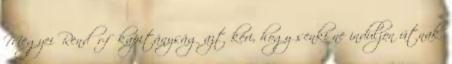
Megyei Rendőr-főkapitányság azt kéri, hogy senki ne induljon útnak.